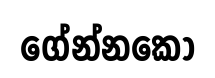
ගේන්නකො